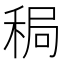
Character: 𫀸